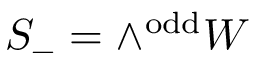
S _ { - } = \wedge ^ { \mathrm { o d d } } W